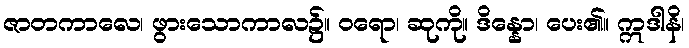
ဇာတကာလေ၊ ဖွားသောကာလ၌။ ဝရော၊ ဆုကို။ ဒိန္နော၊ ပေး၏။ ဣဒါနိ၊